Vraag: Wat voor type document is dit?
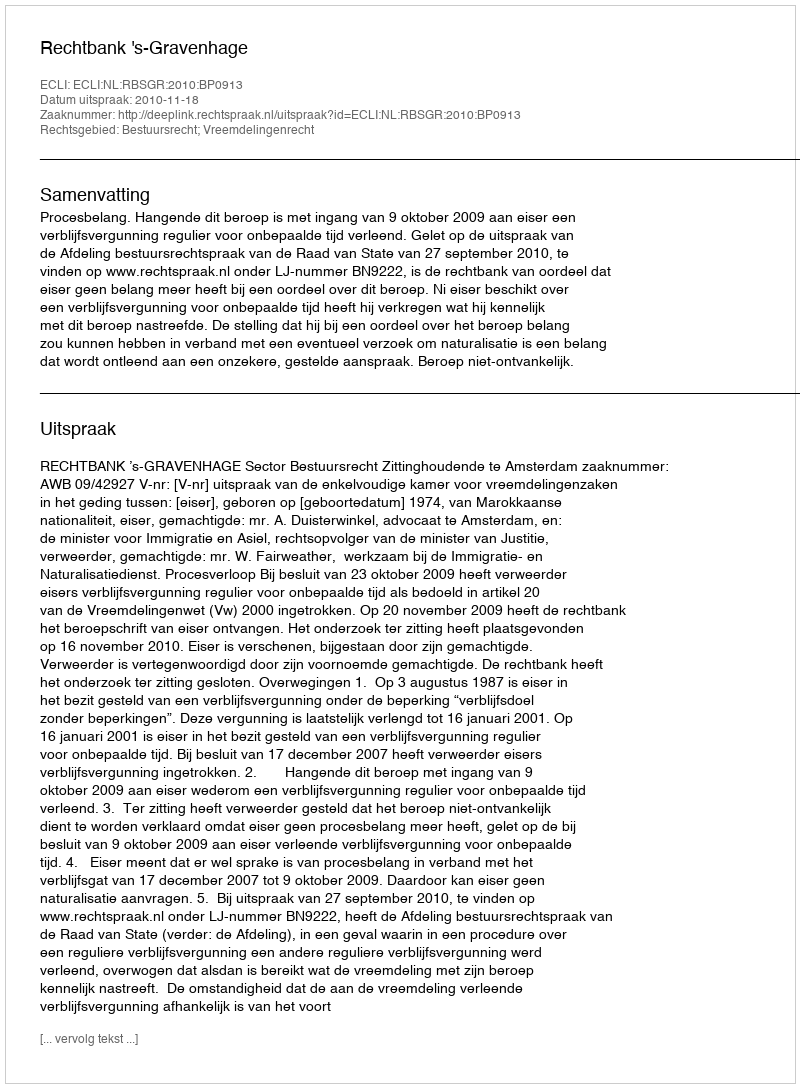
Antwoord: Uitspraak